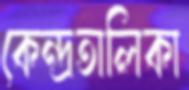
কেন্দ্রতালিকা